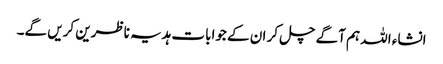
انشاء اللہ ہم آگے چل کر ان کے جوابات ہدیہ ناظرین کریں گے۔